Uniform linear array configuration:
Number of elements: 24
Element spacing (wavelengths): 1
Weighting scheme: hann
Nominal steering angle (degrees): -30
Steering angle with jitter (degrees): -28.242
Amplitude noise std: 0.05
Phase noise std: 0.05

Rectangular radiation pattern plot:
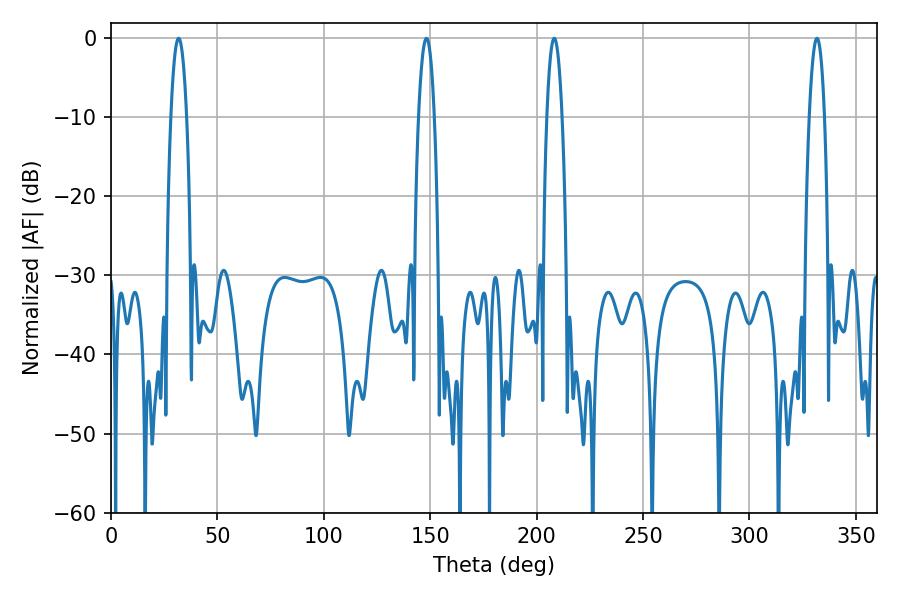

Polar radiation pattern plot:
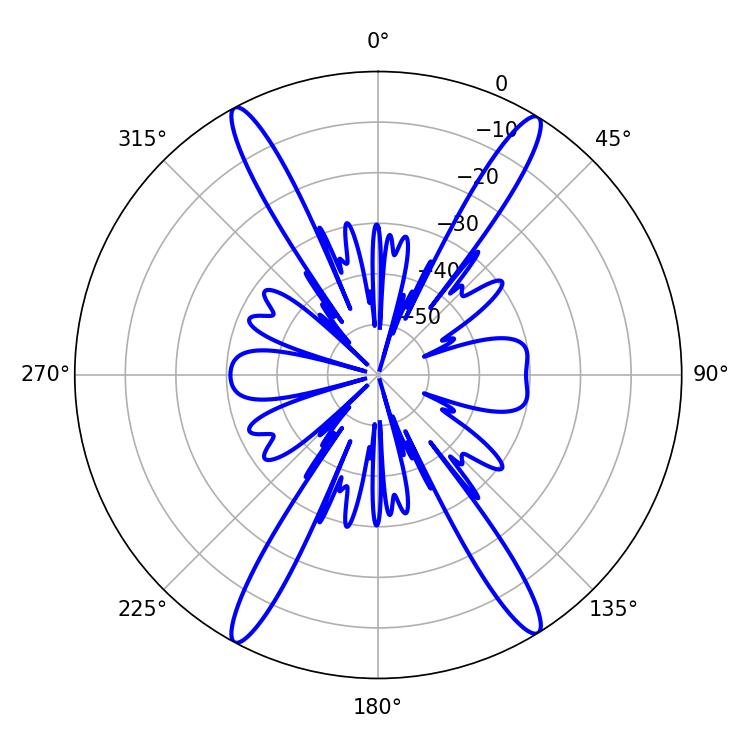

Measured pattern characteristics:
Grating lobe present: TRUE
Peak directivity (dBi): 22.668
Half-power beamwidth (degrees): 3.96
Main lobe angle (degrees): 208.26